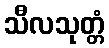
သီလသုတ္တံ